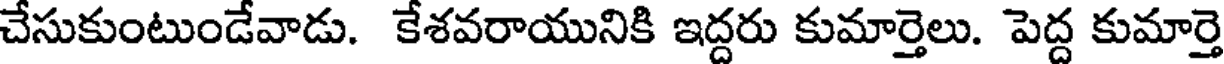
చేసుకుంటుండేవాడు. కేశవరాయునికి ఇద్దరు కుమార్తెలు. పెద్ద కుమార్తె